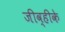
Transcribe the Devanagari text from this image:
जीव्हीके